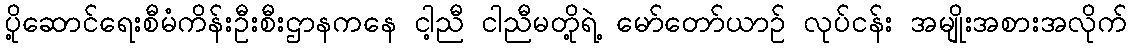
ပို့ဆောင်ရေးစီမံကိန်းဦးစီးဌာနကနေ ငါ့ညီ ငါညီမတို့ရဲ့ မော်တော်ယာဉ် လုပ်ငန်း အမျိုးအစားအလိုက်